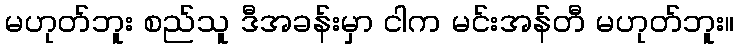
မဟုတ်ဘူး စည်သူ ဒီအခန်းမှာ ငါက မင်းအန်တီ မဟုတ်ဘူး။